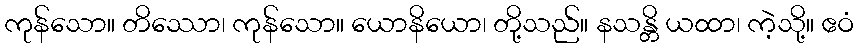
ကုန်သော။ တိဿော၊ ကုန်သော။ ယောနိယော၊ တို့သည်။ နသန္တိ ယထာ၊ ကဲ့သို့။ ဧဝံ